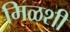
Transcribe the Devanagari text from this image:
मिळशी